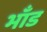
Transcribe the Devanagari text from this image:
भाँड